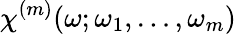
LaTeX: \chi^{(m)}(\omega;\omega_{1},\dots,\omega_{m})